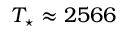
T _ { \star } \approx 2 5 6 6